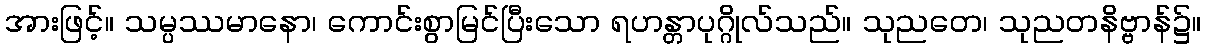
အားဖြင့်။ သမ္ပဿမာနော၊ ကောင်းစွာမြင်ပြီးသော ရဟန္တာပုဂ္ဂိုလ်သည်။ သုညတေ၊ သုညတနိဗ္ဗာန်၌။